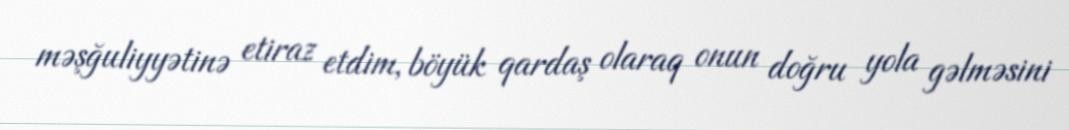
məşğuliyyətinə etiraz etdim, böyük qardaş olaraq onun doğru yola gəlməsini